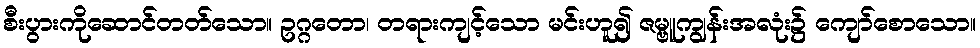
စီးပွားကိုဆောင်တတ်သော။ ဥဂ္ဂတော၊ တရားကျင့်သော မင်းဟူ၍ ဇမ္ဗူကျွန်းအလုံး၌ ကျော်စောသော။